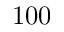
1 0 0